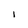
Character: I